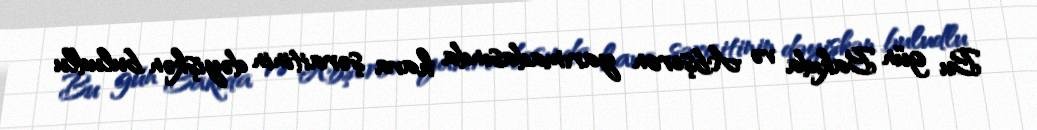
Bu gün Bakıda və Abşeron yarımadasında hava şəraitinin dəyişkən buludlu